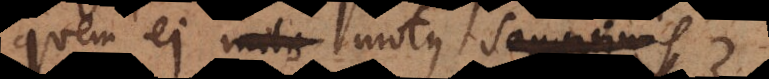
quem ei motus sanguinis